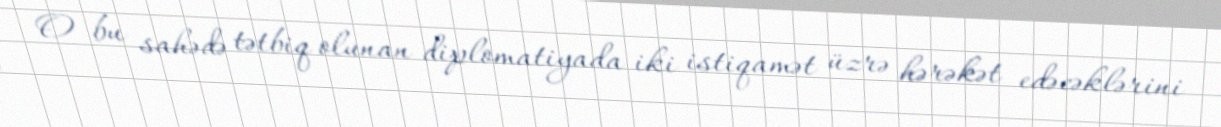
O bu sahədə tətbiq olunan diplomatiyada iki istiqamət üzrə hərəkət edəcəklərini